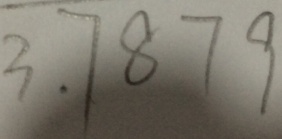
3 . 7 8 7 9